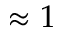
\approx 1